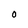
Character: O